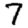
Digit: 7